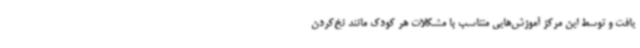
یافت و توسط این مرکز آموزش‌هایی متناسب با مشکلات هر کودک مانند نخ‌کردن